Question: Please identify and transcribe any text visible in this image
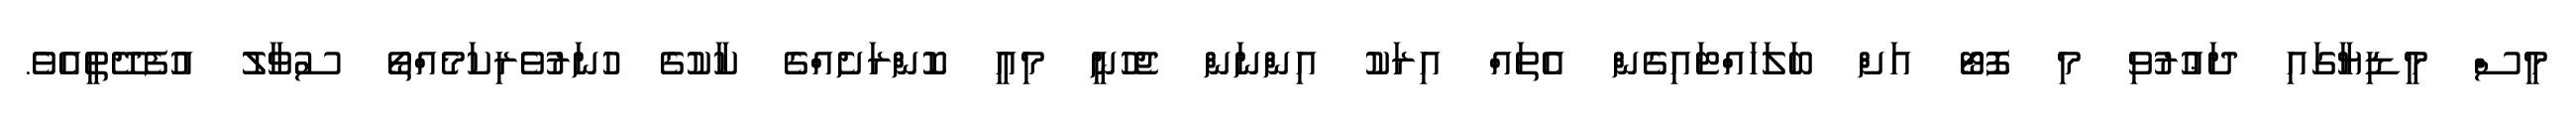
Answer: މީސް މީޑިޔާގައި ދަޢުރުވި މި ފޮޓޯ އަށް ބަލަހައްޓައިގެން އެތައް އިރަކު އިންނަން ޖެހުނީ މިއީ ކޮންރަށެއްގެ ކާކުގެ ހުނަރުވެރިކަމެއްތޯ ސުވާލު އުފެދޭތީއެވެ.